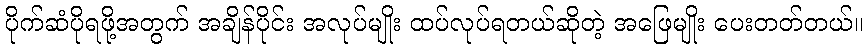
ပိုက်ဆံပိုရဖို့အတွက် အချိန်ပိုင်း အလုပ်မျိုး ထပ်လုပ်ရတယ်ဆိုတဲ့ အဖြေမျိုး ပေးတတ်တယ်။